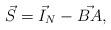
LaTeX: \begin{align*}\vec{S}&=\vec{I}_N-\vec{BA}, \end{align*}